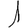
Digit: 1